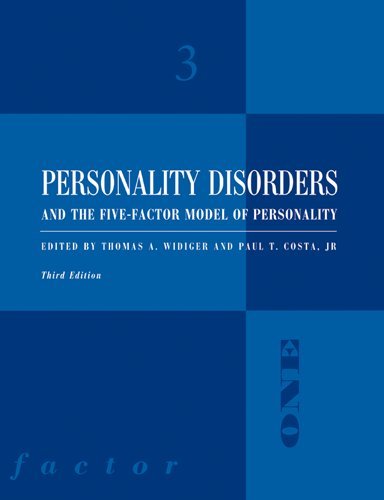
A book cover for Personality Disorders and the Five-Factor Model of Personality; Thomas A. Widiger; Health, Fitness & Dieting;